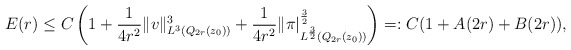
\begin{align*}E(r) &\leq C\left(1 + \frac{1}{4r^2} \|v\|^3_{L^3(Q_{2r}(z_0))} + \frac{1}{4r^2} \|\pi|^\frac{3}{2}_{L^\frac{3}{2}(Q_{2r}(z_0))}\right) =: C(1 + A(2r) + B(2r)),\end{align*}